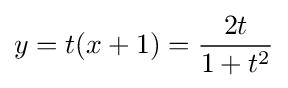
y=t(x+1)={\frac {2t}{1+t^{2}}}